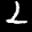
Label: 2